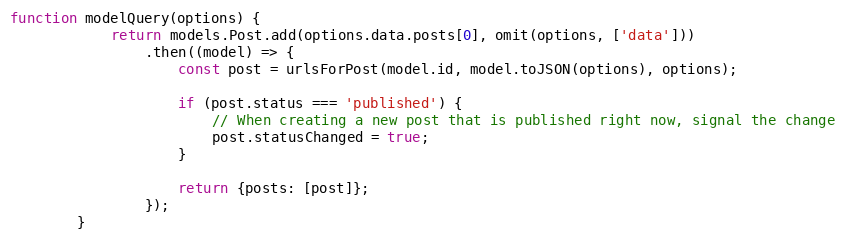
Language: JavaScript
function modelQuery(options) {
            return models.Post.add(options.data.posts[0], omit(options, ['data']))
                .then((model) => {
                    const post = urlsForPost(model.id, model.toJSON(options), options);

                    if (post.status === 'published') {
                        // When creating a new post that is published right now, signal the change
                        post.statusChanged = true;
                    }

                    return {posts: [post]};
                });
        }